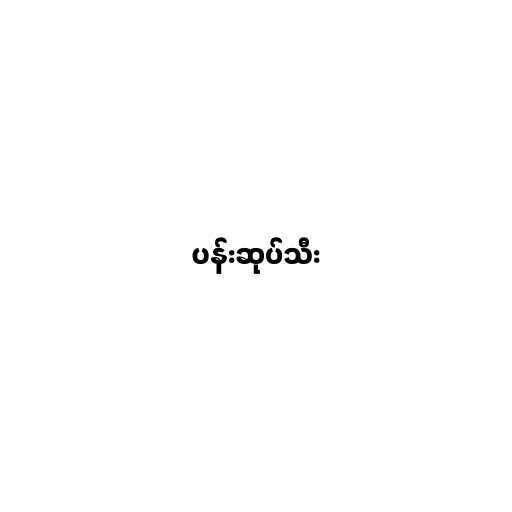
ပန်းဆုပ်သီး